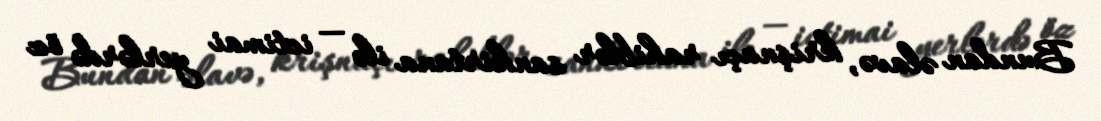
Bundan əlavə, krişnaçı rahiblər sankirtana ilə — ictimai yerlərdə öz